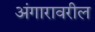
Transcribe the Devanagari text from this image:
अंगारावरील